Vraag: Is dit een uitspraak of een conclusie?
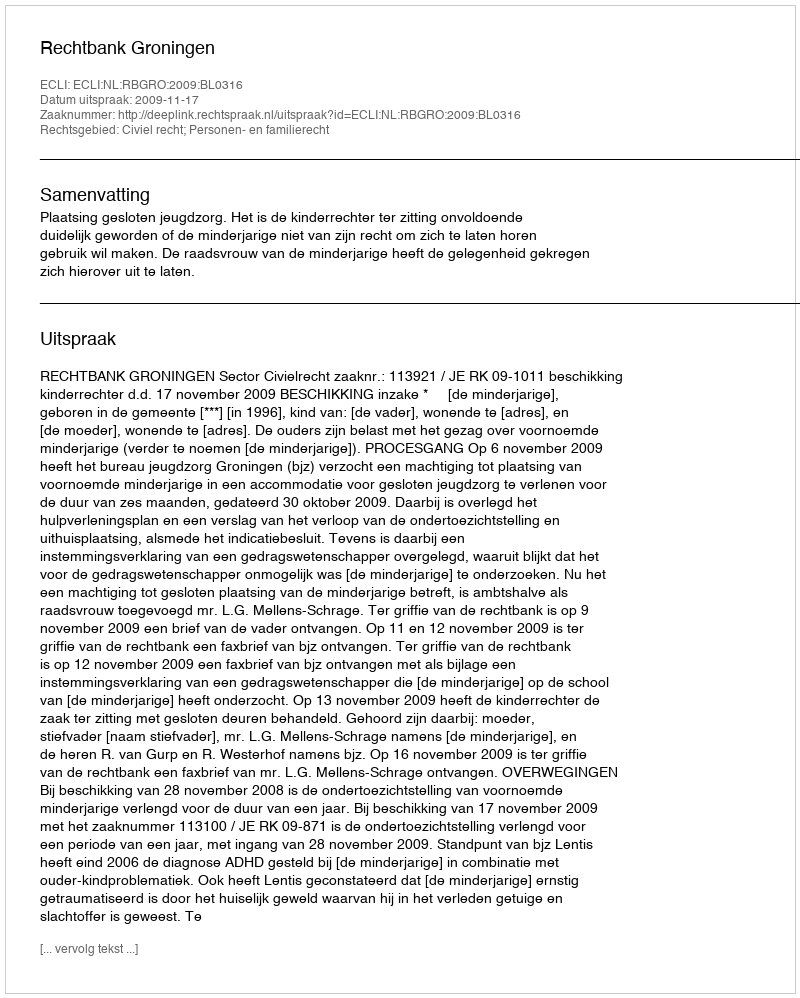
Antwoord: Uitspraak